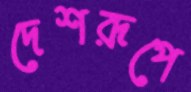
দেশরূপে